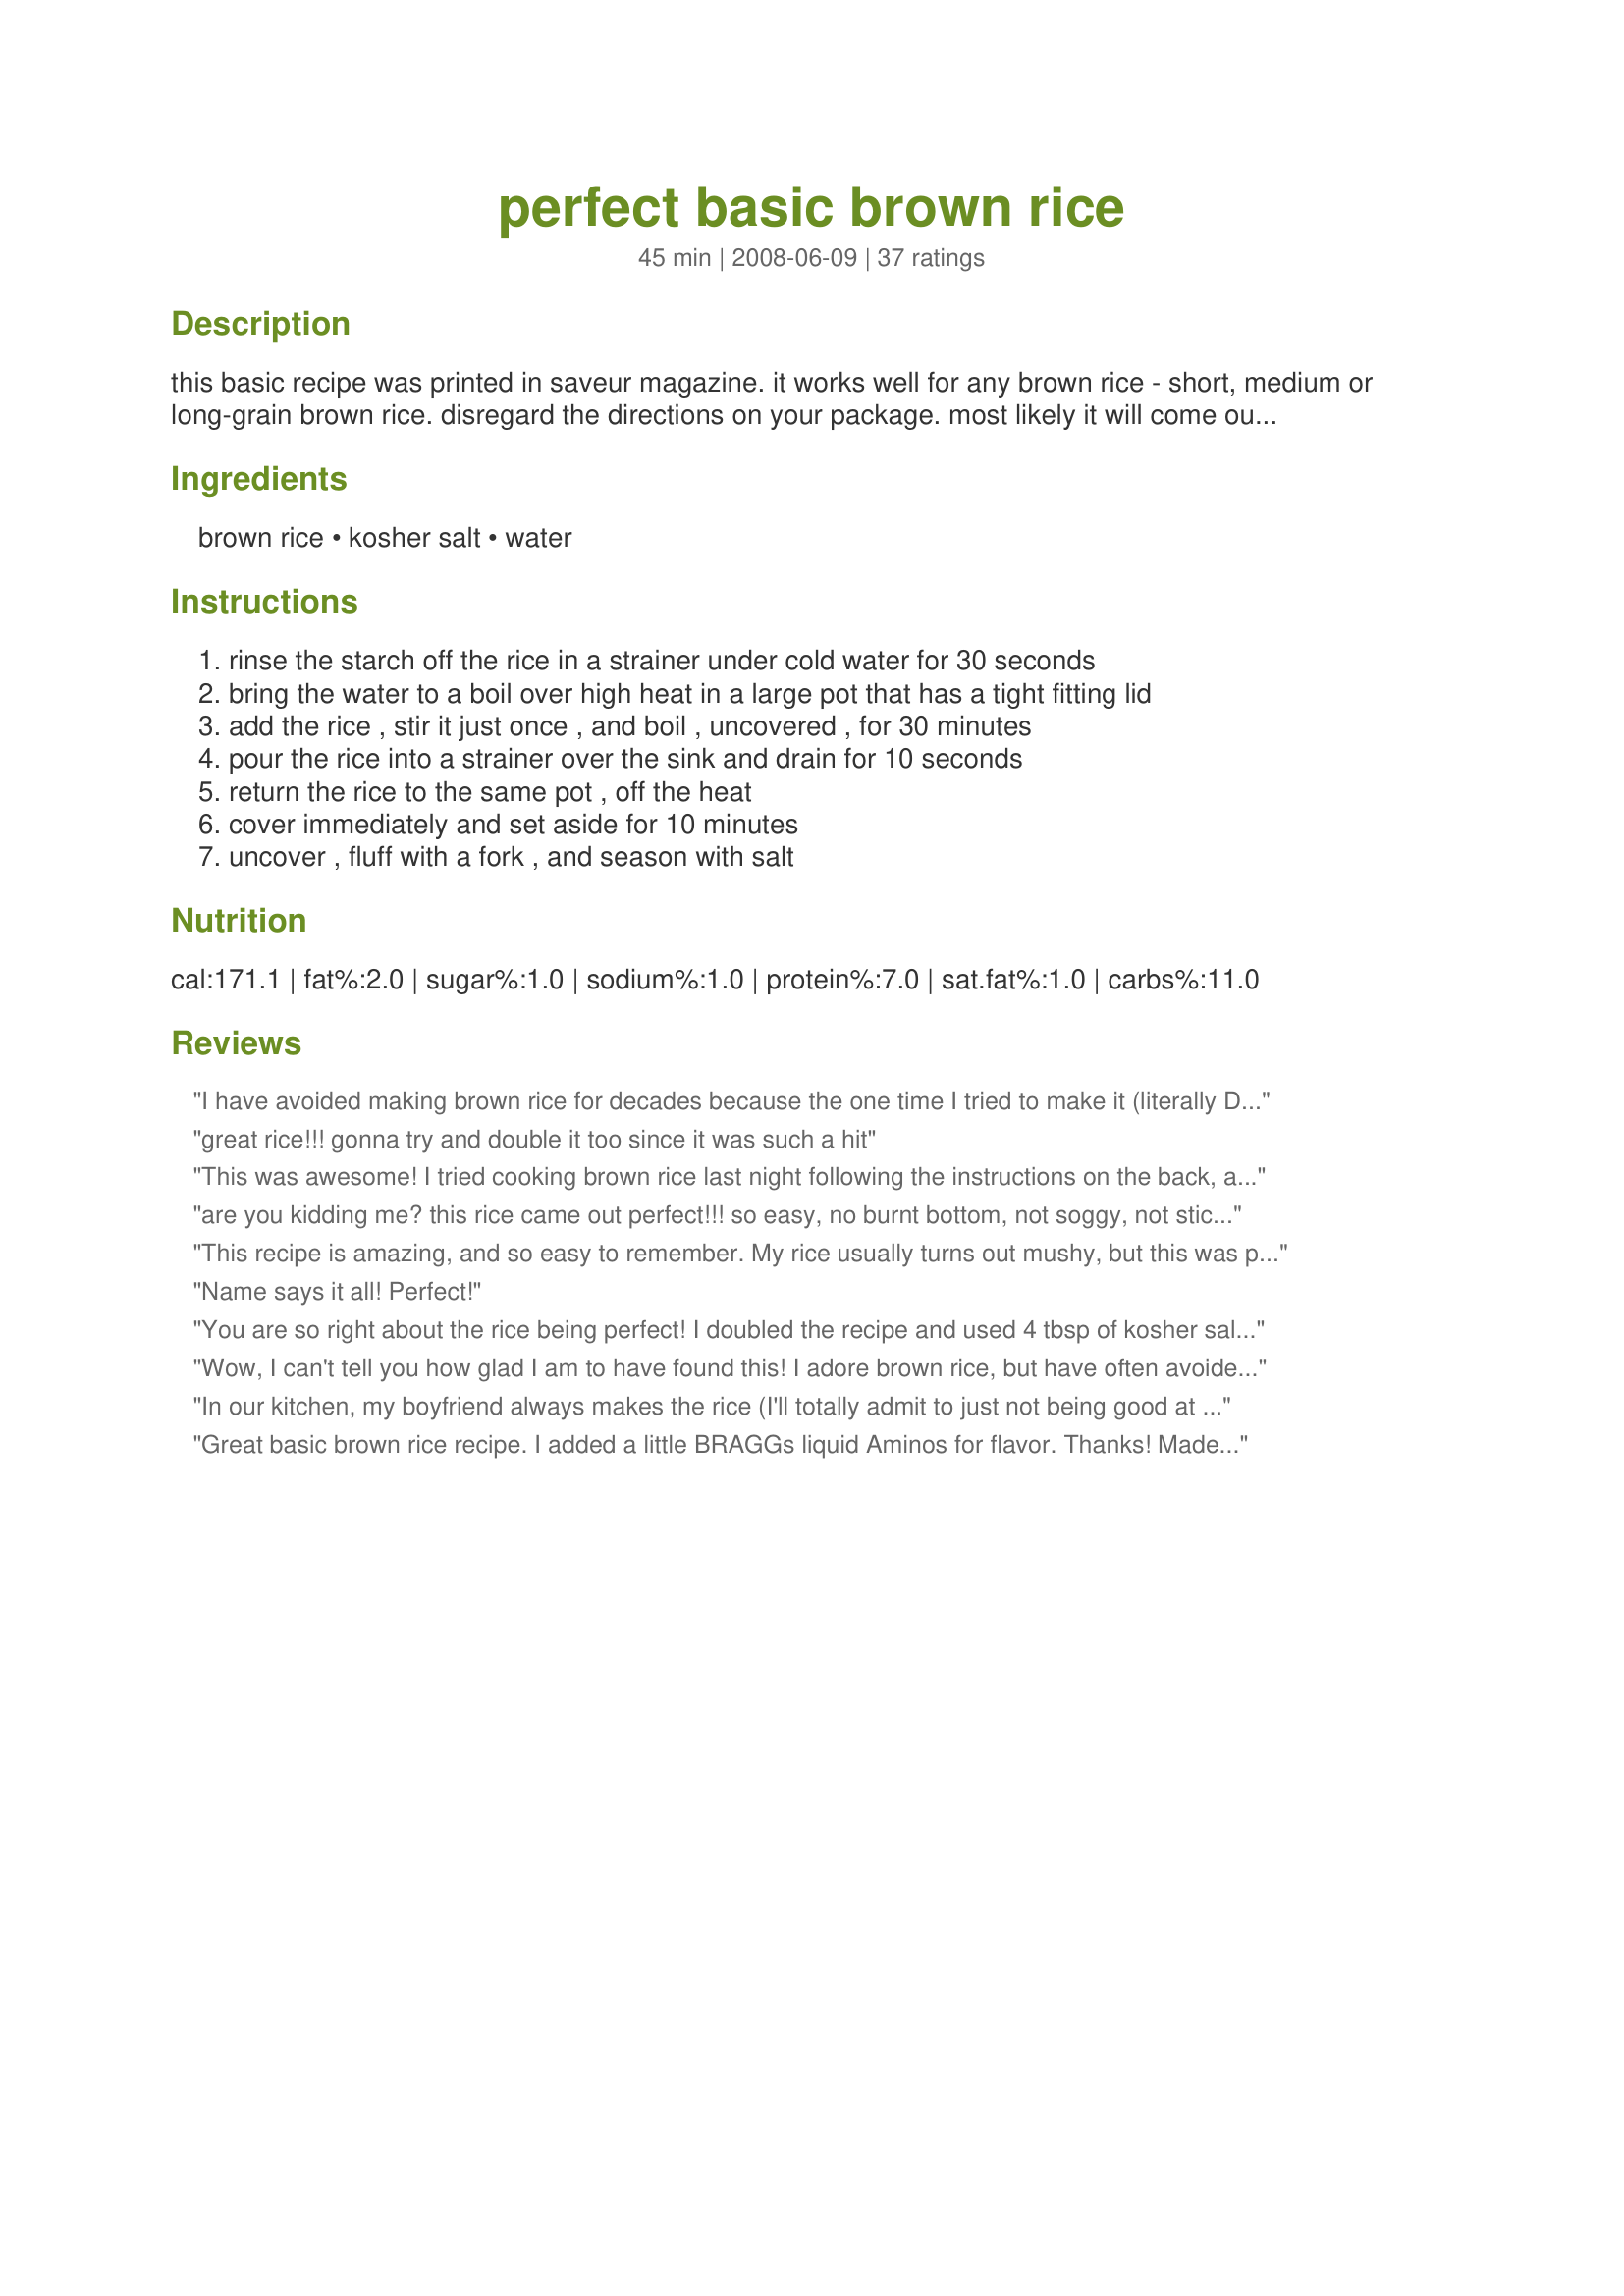
perfect basic brown rice
Preparation time: 45 minutes

this basic recipe was printed in saveur magazine. it works well for any brown rice - short, medium or long-grain brown rice. disregard the directions on your package. most likely it will come out mushy. in this recipe, the boiling (uncovered) cooks it thoroughly, and the steaming at the end make it light and fluffy.

Ingredients:
brown rice, kosher salt, water

Steps:
rinse the starch off the rice in a strainer under cold water for 30 seconds
bring the water to a boil over high heat in a large pot that has a tight fitting lid
add the rice , stir it just once , and boil , uncovered , for 30 minutes
pour the rice into a strainer over the sink and drain for 10 seconds
return the rice to the same pot , off the heat
cover immediately and set aside for 10 minutes
uncover , fluff with a fork , and season with salt

Reviews:
I have avoided making brown rice for decades because the one time I tried to make it (literally DECADES ago), it took forever and was gummy. But this works! I am delighted with the result. Who'd a thought. :-)
great rice!!! gonna try and double it too since it was such a hit
This was awesome! I tried cooking brown rice last night following the instructions on the back, and for some odd reason, it was still crunchy. I used this recipe tonight, and it was perfect!
are you kidding me? this rice came out perfect!!! so easy, no burnt bottom, not soggy, not sticky....PERFECT!!! I had my doubts when i first read the recipe.....i am a believer now!

Thank you for a great recipe
This recipe is amazing, and so easy to remember. My rice usually turns out mushy, but this was perfect. I used it as a base for another recipe, and it turned out great. Thanks!
Name says it all!
Perfect!
You are so right about the rice being perfect! I doubled the recipe and used 4 tbsp of kosher salt in the water, together with 1/2 tsp garlic powder and 1/2 tsp onion powder. I followed your instructions exactly and even though it seemed that the rice wasn't quite ready when I drained it, it was perfectly cooked 10 minutes later, as your instructions say. I love the fact that no fat is used to make this rice. Thanks for sharing this recipe.
Wow, I can't tell you how glad I am to have found this! I adore brown rice, but have often avoided fried rice and pilaf dishes because I can never get the texture right. This made PERFECT rice for frying! Thanks so much for posting; I know I will revisit this often. Made for the Mischief Makers, ZWT 6!
In our kitchen, my boyfriend always makes the rice (I'll totally admit to just not being good at getting rice right! Odd but true) We have always used the rice cooker for making rice, but this is perfect brown rice! Very light and fluffy and cooked perfectly!!! I did it! I will be making fresh brown rice at home more often. Thank you so much for a simple yet great instructions. Made for ZWT 6.
Great basic brown rice recipe. I added a little BRAGGs liquid Aminos for flavor. Thanks! Made for ZWT6 - Looney Spoon Phoodies!
Awesome! Nan, you have likely saved my sanity! I bought a 12 lb bag of short-grain brown rice at Costco and no matter what method I use to cook it; on the stove or rice cooker (with varying amounts of water), it NEVER cooks. My family has turned against brown rice! Every time we shop I suggest buying a bag of white rice for the boys & I'll use up the brown rice on my own, but DH always says that it's no biggie and they'll just man up & eat it. :) Well, this recipe WORKED!!! It was very easy and the rice was cooked perfectly. I am so happy! Can't wait for DH to get home & try it. DS said it was excellent too! Thanks so much, Nan! Made & enjoyed for Zaar Chef Alphabet Soup Tag Game. :D
We love brown rice and I decided I wanted to try out this way to see how it came out. The rice was excellent and not sticky or clumpy at all. I made the full serving size so I could have leftovers to make up with my lunches!
SO EASY!!!! Perfect brown rice!
Never made brown rice like this before, but it worked very well. I reduced the recipe because I didn't need 4-6 servings. I did 3/4 cup of rice and 6 cups water for 3 servings.
I was worried about making this recipe because of the unusual cooking method. I&#039;m glad I tried it because it turned out great! It was exactly like the brown rice I get at Chinese restaurants!
Fantastic! This is so much easier than the conventional way of cooking rice. Thanks for sharing. Made for Best of 2010 Tag.
wow it worked! Usually I have a little burnt on the bottom of my brown rice. I tossed in some toasted Sesame Seeds for Asian flare. Made for ZWT6 for Looney Spoon Phoodies :)
I use this recipe often. It makes perfect brown rice every time!
I always have the worst time cooking rice, but this really did turn out just perfect! Made for ZWT6--Whine and Cheese--diabetic Asian Challenge.
So easy!!!!! Thanks!!!
Awesome recipe! Turns out perfect every time. A staple in our home.
This works great! I've been avoiding brown rice, despite knowing I &quot;should&quot; be eating it more than white rice. Not anymore!
I can't believe I forgot to rate this recipe! I've been using your technique for over a year Nan, and you're right, it comes out perfect every time. I use it as a OAMC recipe by making a double batch. <br/>I freeze the rice in one cup portions, using my Food Saver. Whenever I need rice for recipe I just toss a bag or two into hot water to defrost. I use the microwavable bags for a quick side. Thank you so much for posting. Your recipe makes it easy for us to eat healthier.
So easy and turned out better than cooking the regular way! This is my new way to cook brown rice! Thank you! :-)
This is the easiest, no guessing way to make rice. Done perfectly each time. Thank you for the recipe.
I have never made brown rice before and was excited to try this simple recipe. I followed the directions and boom! Perfect rice. Thank you for sharing this recipe.
perfect brown rice!! every other time i've made brown rice it came out looking like thick oatmeal..not this time!! i forgot to rinse the rice so i was worried that it wouldnt come out right but i worried for nothing, i wont ever try another technique for brown rice again!
My rice turned out perfectly. Thanks for a great recipe
It really is a fantastic brown rice method. I came out fluffy and perfect!
I think rinsing the starch off the rice and not uncovering or stirring to much is the secret to this yummy rice. Brown rice has been a bit of a challenge for me but with this recipe it came out perfectly. Now we can enjoy brown rice more often. Made and reviewed for ZWT 6 - Seasoned Sailor and his Sassy Sirens.
This technique will be used again in my house. The rice was perfect with a nice nutty texture. Made for *PAC Spring 2010*
I forgot to rate when I posted my review.
I was intrigued by this technique and wanted to give it a try. I made half the recipe since there are just 2 of us and it worked perfectly! Made for ZWT6 2010.
I used short grain brown rice and thought I might have to cook it a little longer, but no! Leaving it on the warm burner let it steam perfectly! Thanks PanNan! Made by a Looney Spoon Phoodie for Zaar World Tour#6! :)
I have tried so many brown rice recipes over the years. Finally, we have a keeper! No more gummy brown rice. This will be my method from now on, thank you so much!
Thank you. my brown rice came out perfect. I have been using Success Rice that you cook in bags for about 10 minutes. I have had terrible luck cooking rice. I had some brown rice stored away because i just gave up, and tried this method last night and it came out perfect. I can't believe it is so easy after all of these years.
I just got done trying one of the baking methods for brown rice and it was horrible, so moved on to this one...HUGE difference! The baked rice was still hard on top after 3 1/2 hours...not kidding...and the rice on bottom was soggy. This rice was perfect and so much better than from the rice cooker. Definitely deserves all 5 stars!
